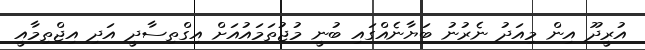
އުރީދޫ އިން މިއަދު ނެރުނު ބަޔާނެއްގައި ބުނީ މުޖުތަމައުއަށް އިގްތިސާދީ އަދި އިޖްތިމާއީ